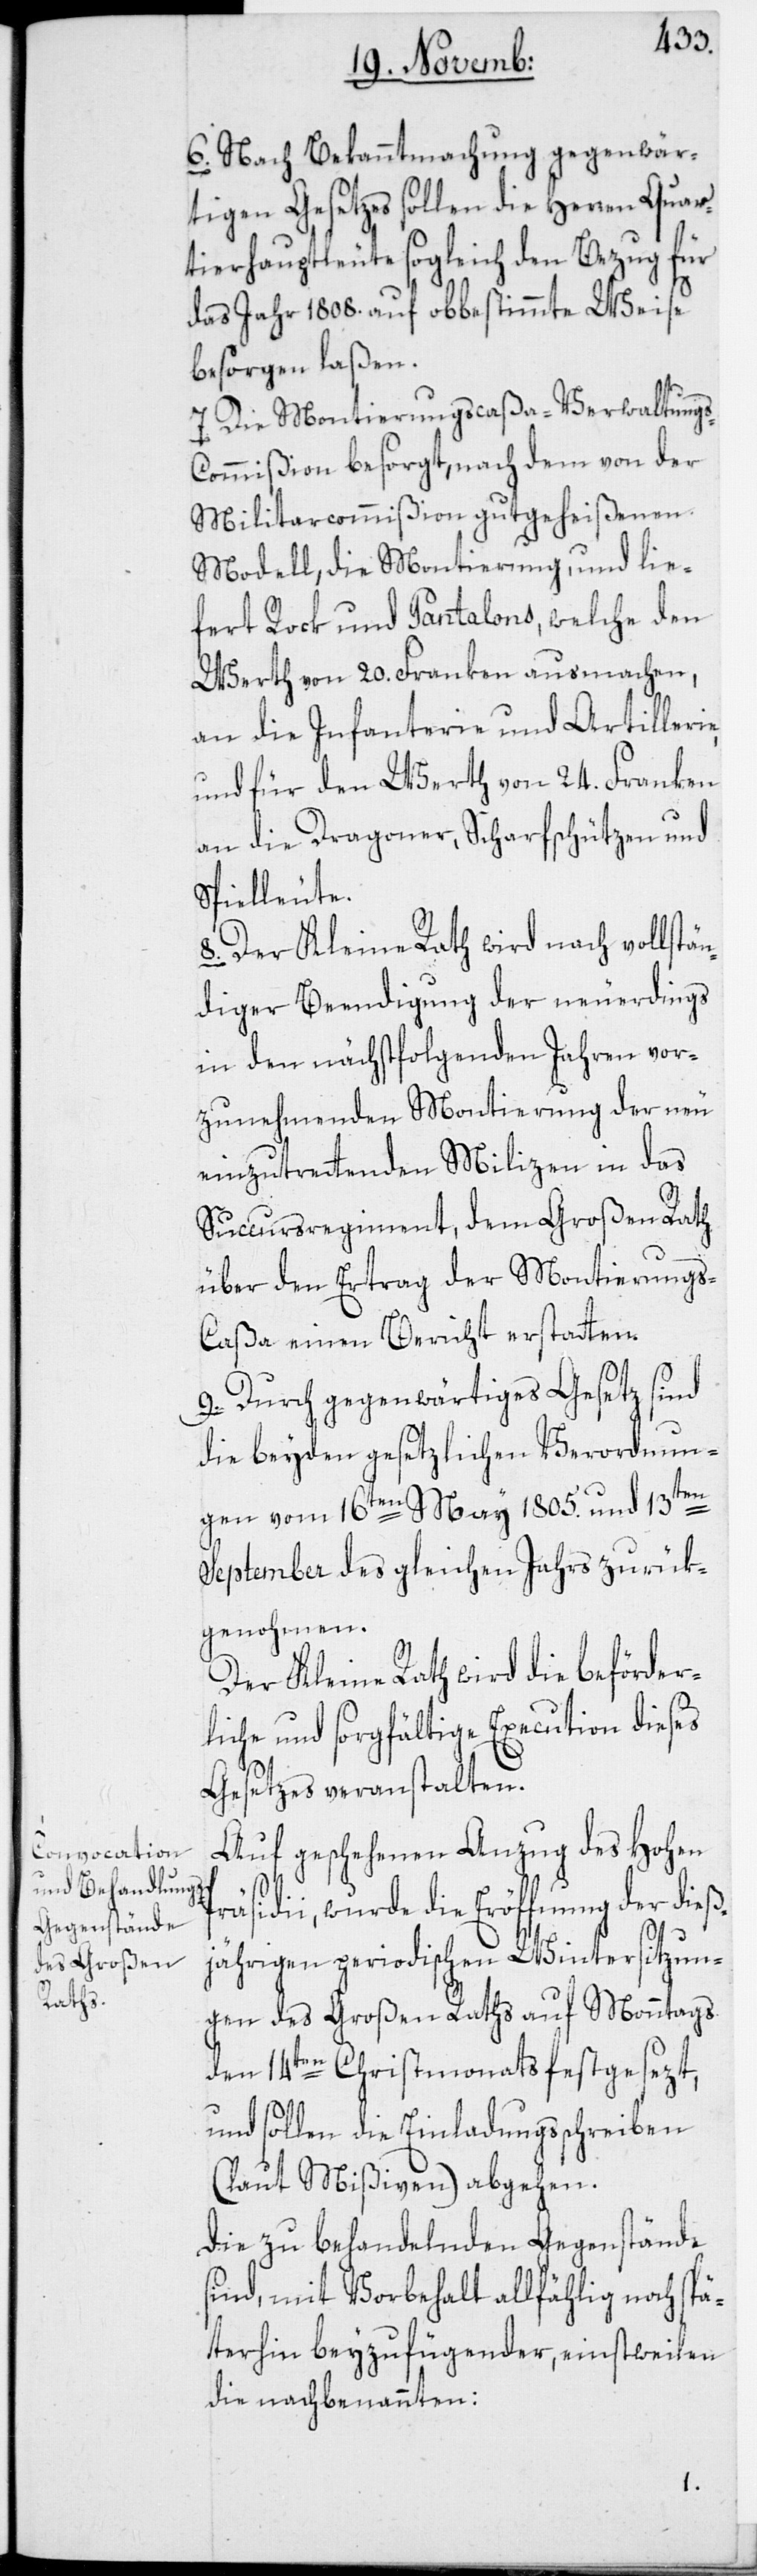
6. Nach Bekanntmachung gegenwär¬
tigen Gesetzes sollen die Herren Quar¬
tierhauptleute sogleich den Bezug für
das Jahr 1808. auf obbestimmte Weise
besorgen laßen.
7. Die Montierungscaßa-Verwaltung¬
ommißion besorgt, nach dem von der
Militarcommißion gutgeheißenen
Modell, die Montierung, und lie¬
fert Rock und Pantalons, welche den
Werth von 20. Franken ausmachen,
an die Infanterie und Artilleri¬
und für den Werth von 24. Franken
an die Dragoner, Scharfschützen und
Spielleute.
8. Der Kleine Rath wird nach vollstän¬
diger Beendigung der neuerdings
in den nächstfolgenden Jahren vor¬
zunehmenden Montierung der neu
einzutrettenden Milizen in das
Succursregiment, dem Großen Rath
über den Ertrag der Montierungs-C¬
aßa einen Bericht erstatten.
9. Durch gegenwärtiges Gesetz sind
die beyden gesetzlichen Verordnun¬
gen vom 16ten May 1805. und 13ten
September des gleichen Jahrs zurük¬
genohmen.
Der Kleine Rath wird die beförder¬
liche und sorgfältige Execution dieses
Gesetzes veranstalten.
Auf geschehenen Anzug des Hohen
e,
Präsidii, wurde die Eröffnung der dieß¬
jährigen periodischen Wintersitzun¬
gen des Großen Raths auf Monntags
den 14ten Christmonats festgesezt,
und sollen die Einladungsschreiben
(laut Mißiven) abgehen.
Die zu behandelnden Gegenstände
sind, mit Vorbehalt allfählig noch spä¬
terhin beyzufügender, einstweilen
die nachbenannten: